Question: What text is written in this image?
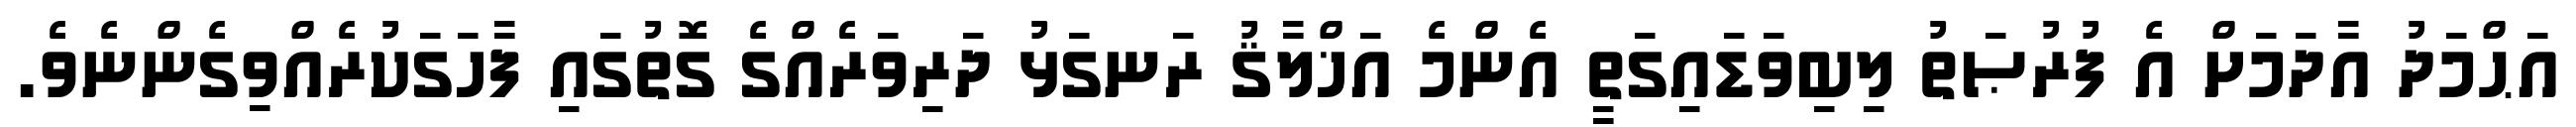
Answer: އަޙްމަދު އާދަމަށް އެ ފުރުޞަތު ލިބިވަޑައިގަތީ އެންމެ އަޚްލާޤު ރަނގަޅު ދަރިވަރެއްގެ ގޮތުގައި ފާހަގަކުރެއްވިގެންނެވެ.